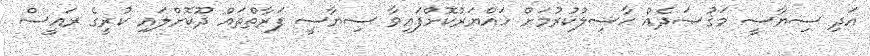
އަދި ސިޔާސީ މަޤުޞަދެއް ޙާސިލުކުރުމަށް ހައްޔަރުކޮށްފައިވާ ސިޔާސީ ފަރާތްތައް ދޫކޮށްލައި ކުރީގެ ރައީސް